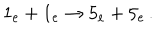
1 _ { \mathrm { e } } + 1 _ { \mathrm { e } } \rightarrow 5 _ { \mathrm { e } } + 5 _ { \mathrm { e } } \, .